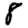
Digit: 8